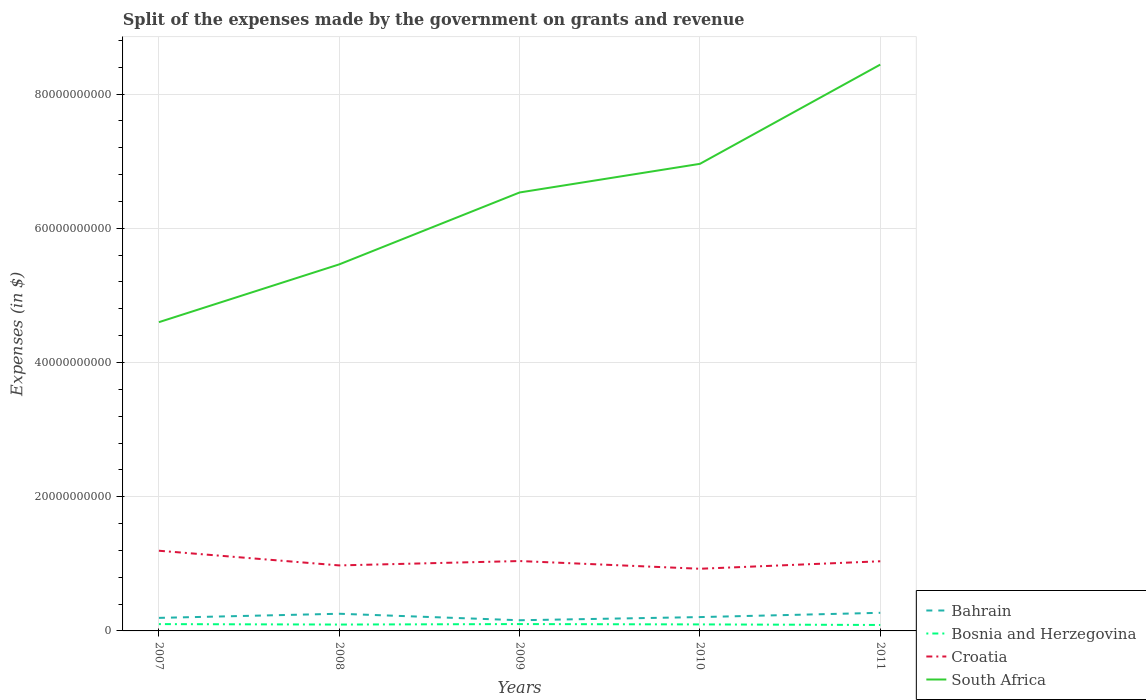
| Years | Bahrain | Bosnia and Herzegovina | Croatia | South Africa |
 | --- | --- | --- | --- | --- |
 | 2007 | 1.94e+09 | 1.02e+09 | 1.19e+10 | 4.6e+10 |
 | 2008 | 2.56e+09 | 9.49e+08 | 9.76e+09 | 5.46e+10 |
 | 2009 | 1.59e+09 | 1.02e+09 | 1.04e+10 | 6.53e+10 |
 | 2010 | 2.06e+09 | 9.7e+08 | 9.26e+09 | 6.96e+10 |
 | 2011 | 2.7e+09 | 8.87e+08 | 1.04e+10 | 8.44e+10 |